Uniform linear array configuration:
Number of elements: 64
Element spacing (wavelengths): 0.5
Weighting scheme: hann
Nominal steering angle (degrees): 30
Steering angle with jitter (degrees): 30.859
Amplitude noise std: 0.05
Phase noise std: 0.05

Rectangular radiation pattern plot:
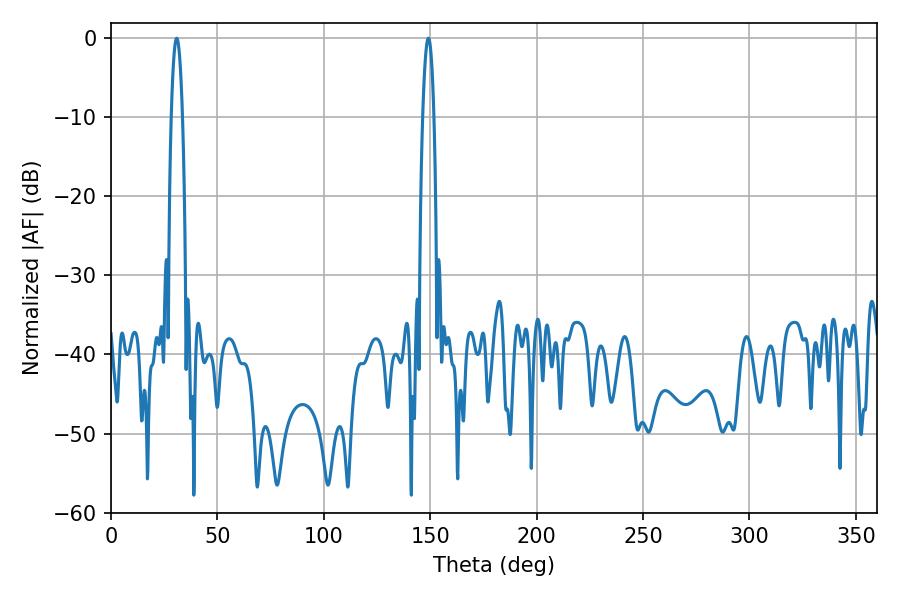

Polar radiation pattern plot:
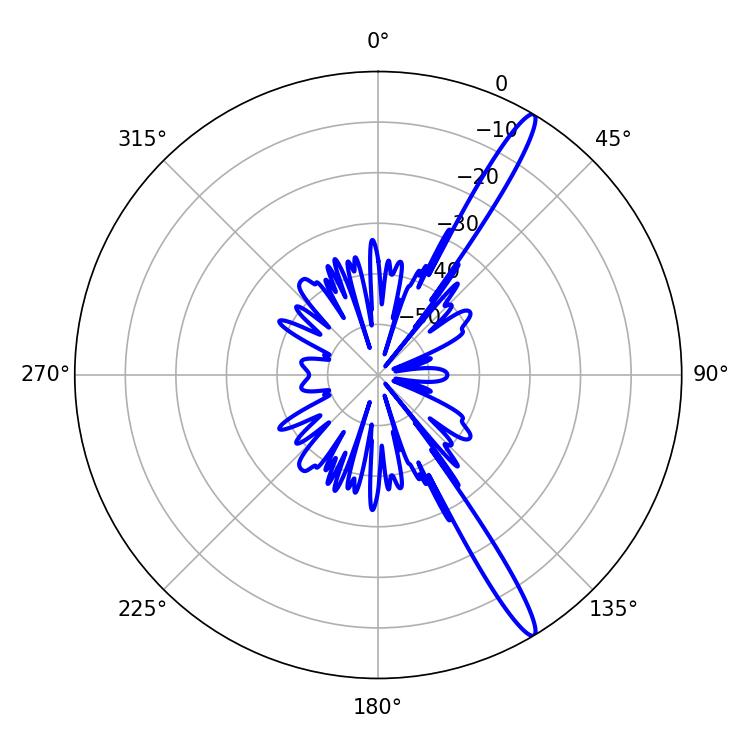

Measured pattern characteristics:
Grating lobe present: FALSE
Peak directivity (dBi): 15.461
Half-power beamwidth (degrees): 2.88
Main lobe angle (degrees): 30.96